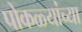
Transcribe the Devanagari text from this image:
पोकळ्यांच्या